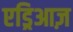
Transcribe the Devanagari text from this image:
एड्रिआज़